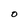
Character: O